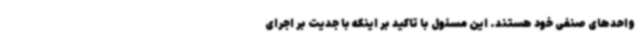
واحدهای صنفی خود هستند. این مسئول با تاکید بر اینکه با جدیت بر اجرای